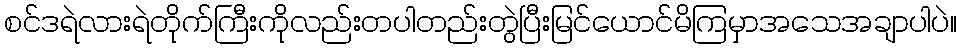
စင်ဒရဲလားရဲတိုက်ကြီးကိုလည်းတပါတည်းတွဲပြီးမြင်ယောင်မိကြမှာအသေအချာပါပဲ။